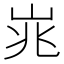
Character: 𪨱